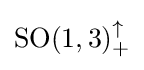
{\textstyle \mathrm {SO} (1,3)_{+}^{\uparrow }}